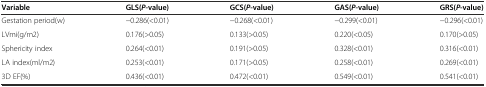
<table><thead><tr><td><b>Variable</b></td><td><b>GLS(<i>P</i>-value)</b></td><td><b>GCS(<i>P</i>-value)</b></td><td><b>GAS(<i>P</i>-value)</b></td><td><b>GRS(<i>P</i>-value)</b></td></tr></thead><tbody><tr><td>Gestation period(w)</td><td>−0.286(&lt;0.01)</td><td>−0.268(&lt;0.01)</td><td>−0.299(&lt;0.01)</td><td>−0.296(&lt;0.01)</td></tr><tr><td>LVmi(g/m2)</td><td>0.176(&gt;0.05)</td><td>0.133(&gt;0.05)</td><td>0.220(&lt;0.05)</td><td>0.170(&gt;0.05)</td></tr><tr><td>Sphericity index</td><td>0.264(&lt;0.01)</td><td>0.191(&gt;0.05)</td><td>0.328(&lt;0.01)</td><td>0.316(&lt;0.01)</td></tr><tr><td>LA index(ml/m2)</td><td>0.253(&lt;0.01)</td><td>0.171(&gt;0.05)</td><td>0.258(&lt;0.01)</td><td>0.269(&lt;0.01)</td></tr><tr><td>3D EF(%)</td><td>0.436(&lt;0.01)</td><td>0.472(&lt;0.01)</td><td>0.549(&lt;0.01)</td><td>0.541(&lt;0.01)</td></tr></tbody></table>